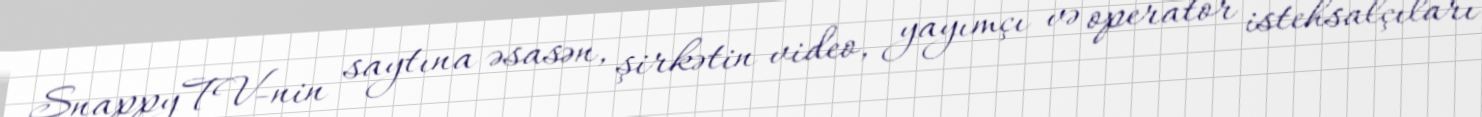
SnappyTV-nin saytına əsasən, şirkətin video, yayımçı və operator istehsalçıları